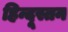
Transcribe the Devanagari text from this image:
हिन्दूस्तन